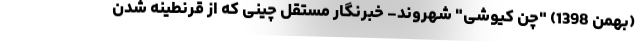
(بهمن 1398) "چن کیوشی" شهروند- خبرنگار مستقل چینی که از قرنطینه شدن